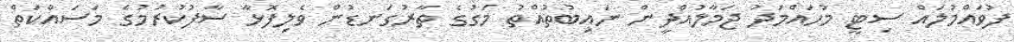
ފުވައްމުލައް ސިޓީ މުހައްމަދު ޖަމާލުއްދީން ނައިބުތުއްތު މަގުގެ ތާރުގަނޑުން ވެލިފޮޅާ ސާފުކުރުމުގެ މަސައްކަތް